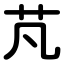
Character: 芃